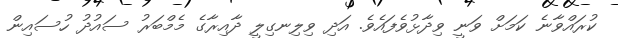
ކުރައްވާނެ ކަމަށް ވަނީ ވިދާޅުވެފައެވެ. އަދި ވިލިނގިލީ ދާއިރާގެ މެމްބަރު ސައުދު ހުސައިން